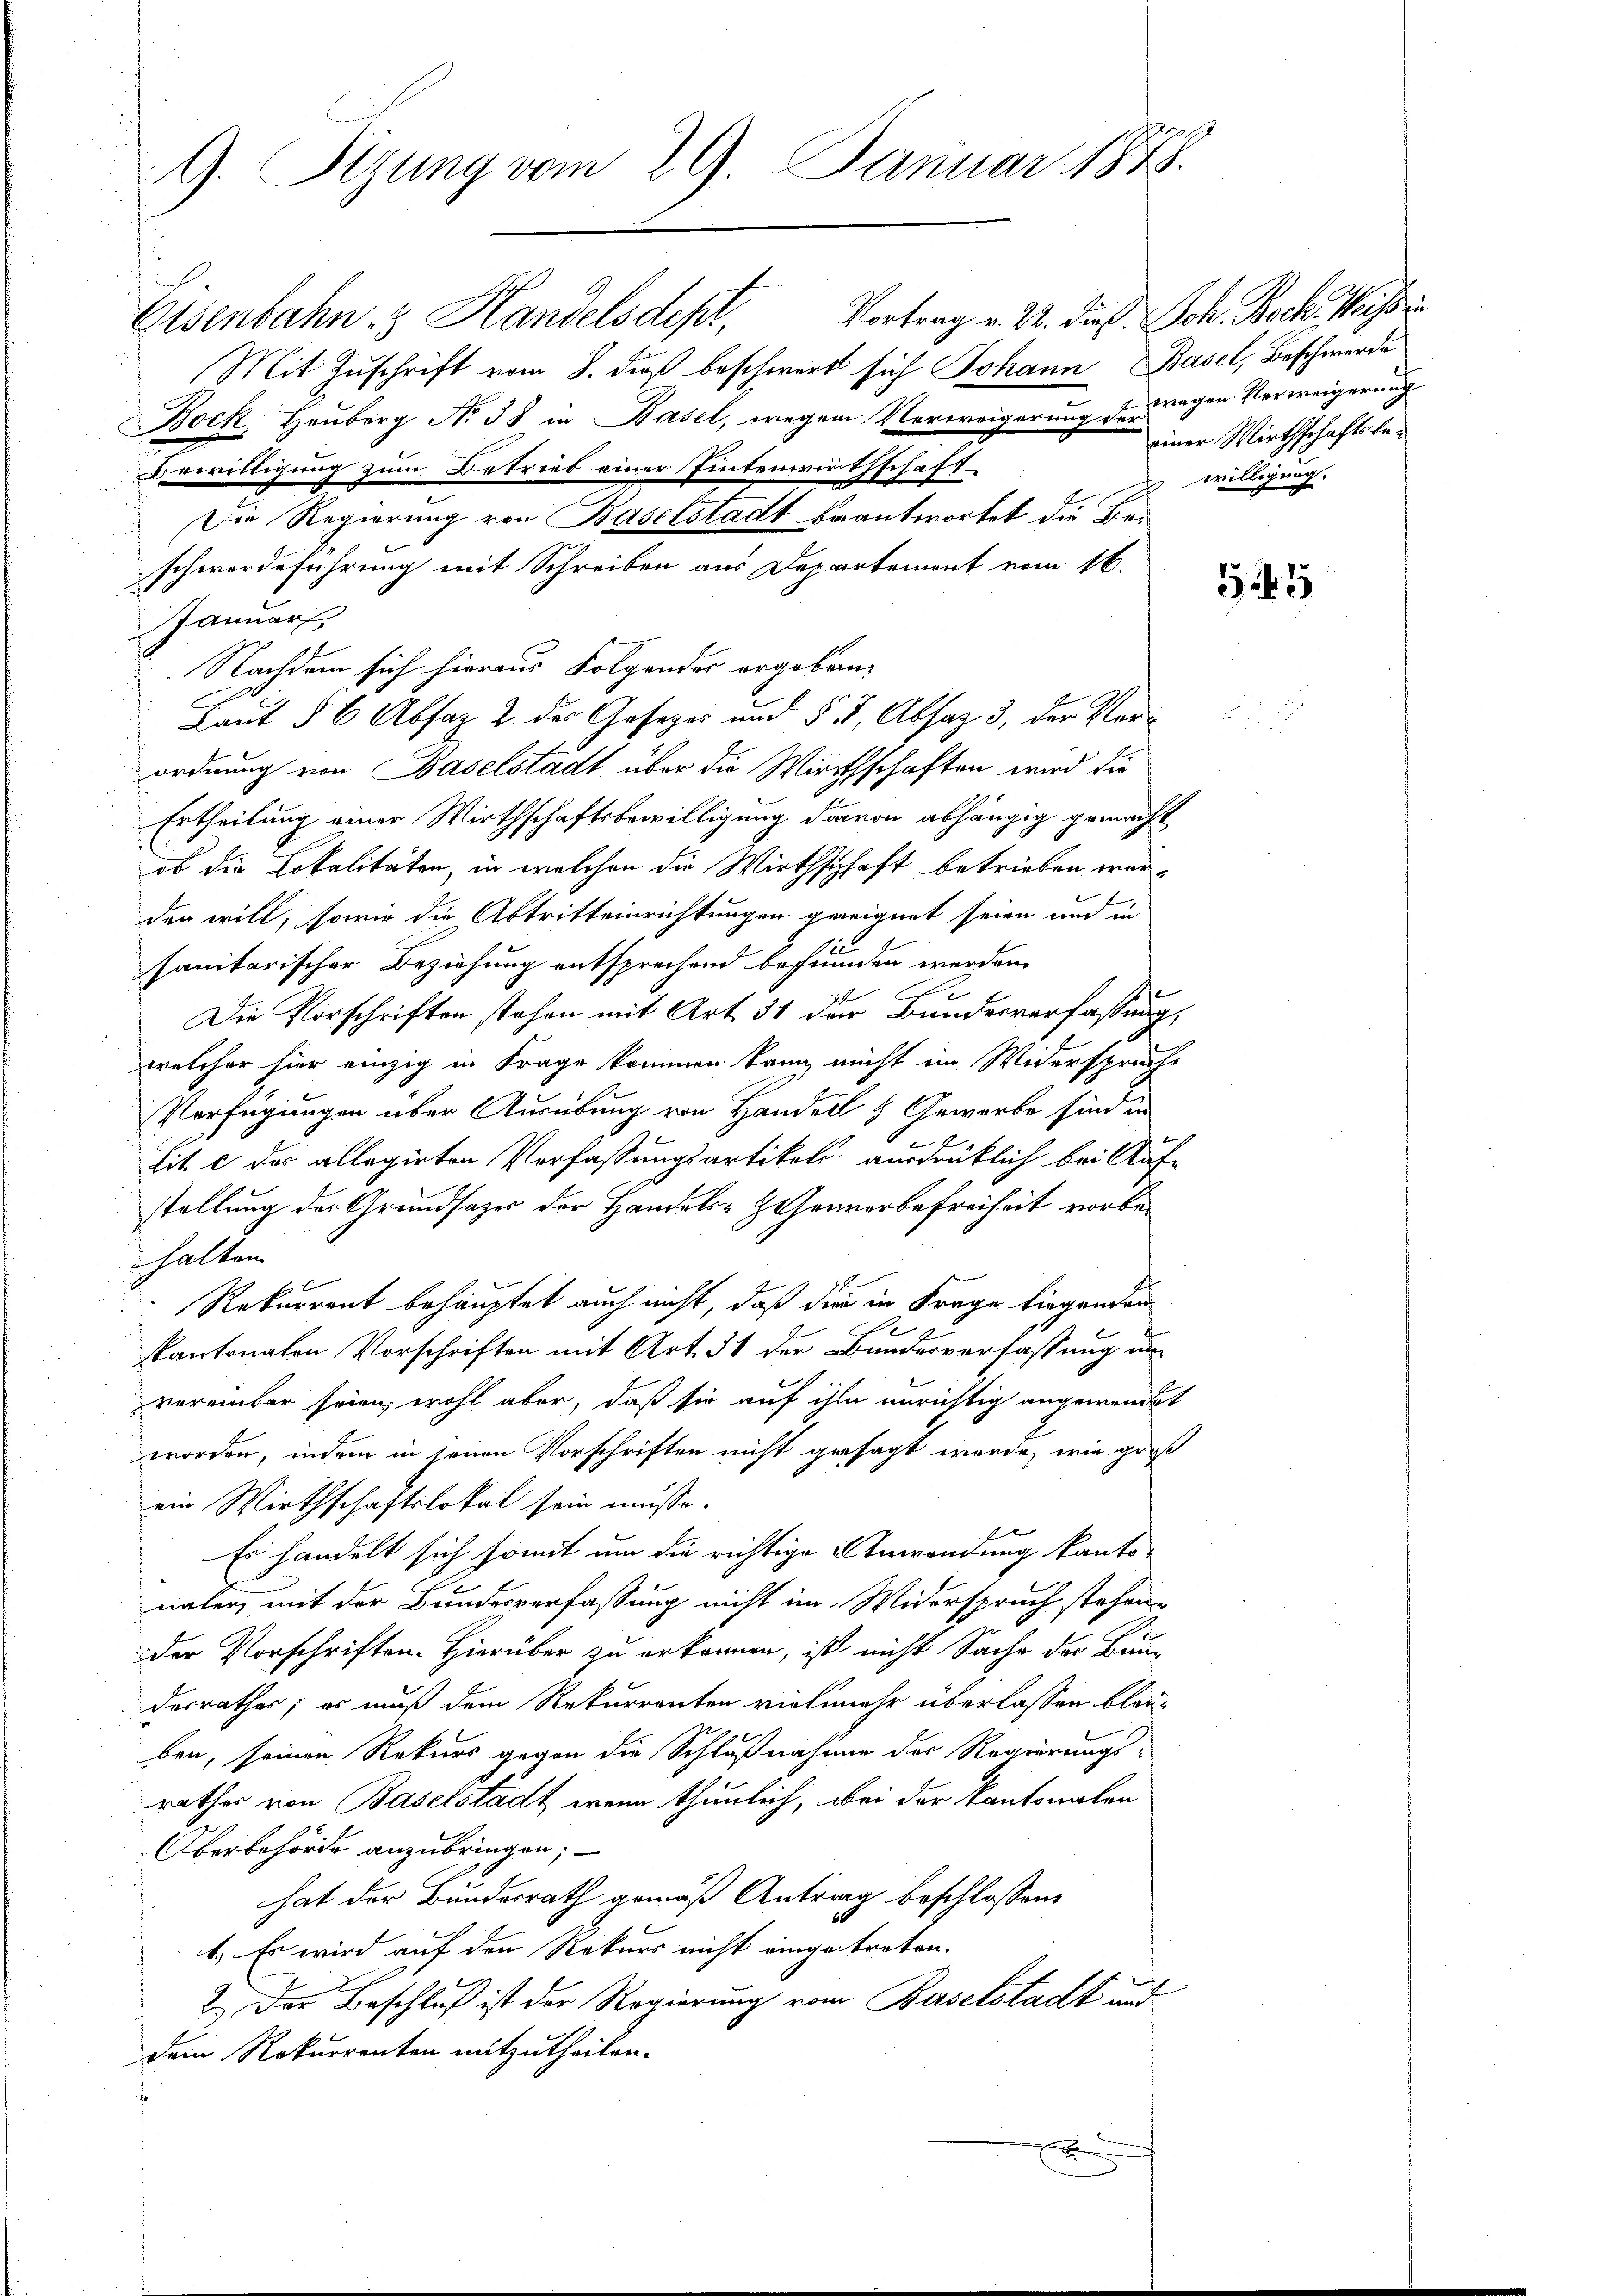
9. Sizung vom 29. Januar 1848.

Eisenbahn & Handelsdept,
Mit Zuschrift vom 8. dieß beschwert sich Johann Basel, Beschwerde
Bock, Heuberg No 38 in Basel, wegen Verweigerung der wegen Verweigerung
Die Regierung von Baselstadt beantwortet die Beischwerdeführung mit Schreiben aus Departement vom 16.
Januar
Nachdem sich hieraus Folgender ergeben,
Laut § 6 Absaz 2 des Gosezes und § 5, Absaz 3, der Verordnung von Baselstadt über die Wirthschaften wird die
Ertheilung einer Wirthschaftsbewilligung davon abhängig gemacht
ob die Lokalitäten, in welchen die Wirthschaft betrieben worden will, sowie die Abtritteinrichtungen geeignet seien und in
sanitarischer Beziehung entsprechend befrunden werden.
Die Vorschriften stehen mit Art. 341 der Bundesverfassung,
welcher hier einzig in Frage kommen kann nicht im Widersprüche
Verfügungen über Ausübung von Handen 9 Geworbe sind in
lit. c des allegirten Verfassungsartikel ausdrüklich bei Aufstellung des Grundsazer der Handels- Hohenvorbefreiheit vorbehalten.
Rekurrent behauptet auch nicht, daß die in Frage liegenden
kantonalen Vorschriften mit Art. 31 der Bundesverfassung un
vereinbar seien, wohl aber, daß sie auf ihm unrichtig angewendet
worden, indem in jenen Vorschriften nicht gesagt wurde, wie groß
ein Wirthschaftslokal sein müsse.
Es handelt sich somit um die richtige Anwendung kanto-
nälen, mit der Bundesverfassung nicht im Widerspruch stehen.
der Vorschriften. Hierüber zu erkennen, ist nicht Sache der Bau-
derrathes; es muß dem Rekurrenten vielmehr überlassen bleiben, seinen Rekurs gegen die Schlußnahme der Regierungs-
rathes von Baselstadt, wenn thunlich, bei der Kantonalen
Oberbehörde anzubringen;
hat der Bundesrath gemäß Antrag beschlossen:
t. Es wird auf den Rekurs nicht eingetreten.
2.) Der Beschluß ist der Regierung vom Baselstadt und
dem Rekurrenten mitzutheilen.

Berwittigung zum Betrieb einer Eintenwirthschaft

e

Vortrag v. 22. dieß Joh. Bock. Weissi
einer Wirthschaftsbewilligung.

1245